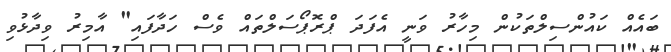
ބައެއް ކައުންސިލްތަކުން މިހާރު ވަނީ އެފަދަ ޕްރޮޕޯސަލްތައް ވެސް ހަދާފައި" އާމިރު ވިދާޅުވި